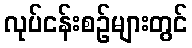
လုပ်ငန်းစဉ်များတွင်